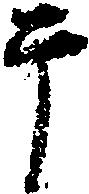
于